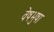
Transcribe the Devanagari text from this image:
वेषभुषा